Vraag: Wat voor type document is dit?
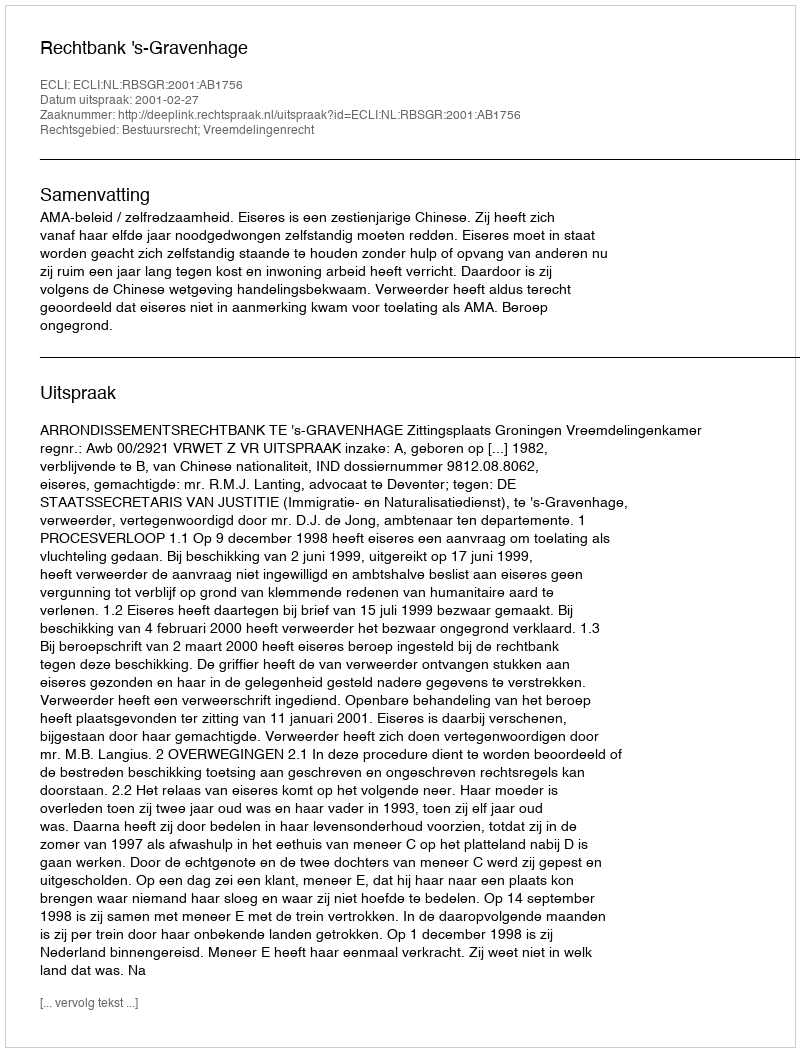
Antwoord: Uitspraak